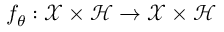
f _ { \theta } : \mathcal { X } \times \mathcal { H } \rightarrow \mathcal { X } \times \mathcal { H }